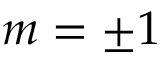
m = \pm 1